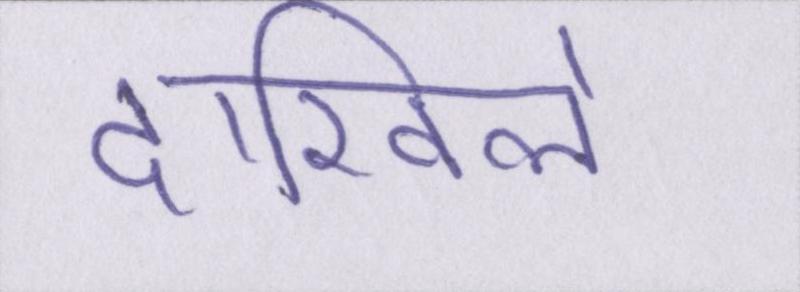
दाखिले